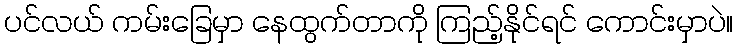
ပင်လယ် ကမ်းခြေမှာ နေထွက်တာကို ကြည့်နိုင်ရင် ကောင်းမှာပဲ။